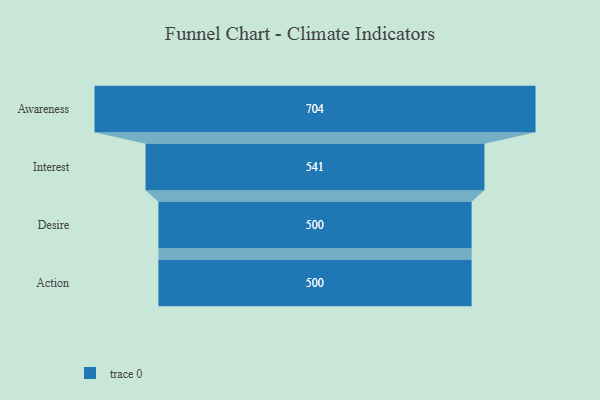
{"axis": {"x": "Stage", "y": "Value"}, "legend": [""], "data": [{"x": "Awareness", "y": 704.0, "type": ""}, {"x": "Interest", "y": 541.0, "type": ""}, {"x": "Desire", "y": 500, "type": ""}, {"x": "Action", "y": 500, "type": ""}]}